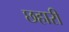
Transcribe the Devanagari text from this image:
छहारी